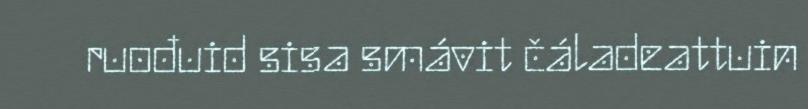
ruođuid sisa smávit čáladeattuin